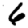
Digit: 6